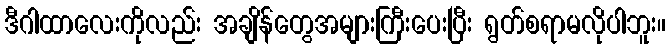
ဒီဂါထာလေးကိုလည်း အချိန်တွေအများကြီးပေးပြီး ရွတ်စရာမလိုပါဘူး။